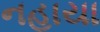
નહાયા